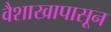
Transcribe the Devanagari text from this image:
वैशाखापासून